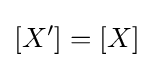
[X']=[X]